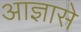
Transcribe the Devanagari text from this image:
आज्ञासे